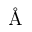
\textup { \AA }